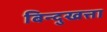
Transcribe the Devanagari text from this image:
बिन्दुखत्ता